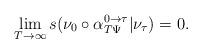
LaTeX: \begin{align*}\lim_{T\to\infty}s(\nu_0\circ\alpha_{T\Psi}^{0\to\tau}|\nu_\tau)=0.\end{align*}